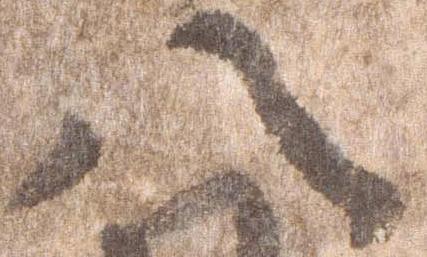
八